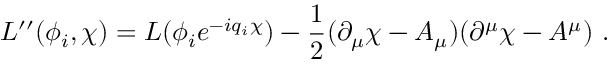
L ^ { \prime \prime } ( \phi _ { i } , \chi ) = L ( \phi _ { i } e ^ { - i q _ { i } \chi } ) - \frac { 1 } { 2 } ( \partial _ { \mu } \chi - A _ { \mu } ) ( \partial ^ { \mu } \chi - A ^ { \mu } ) \ .